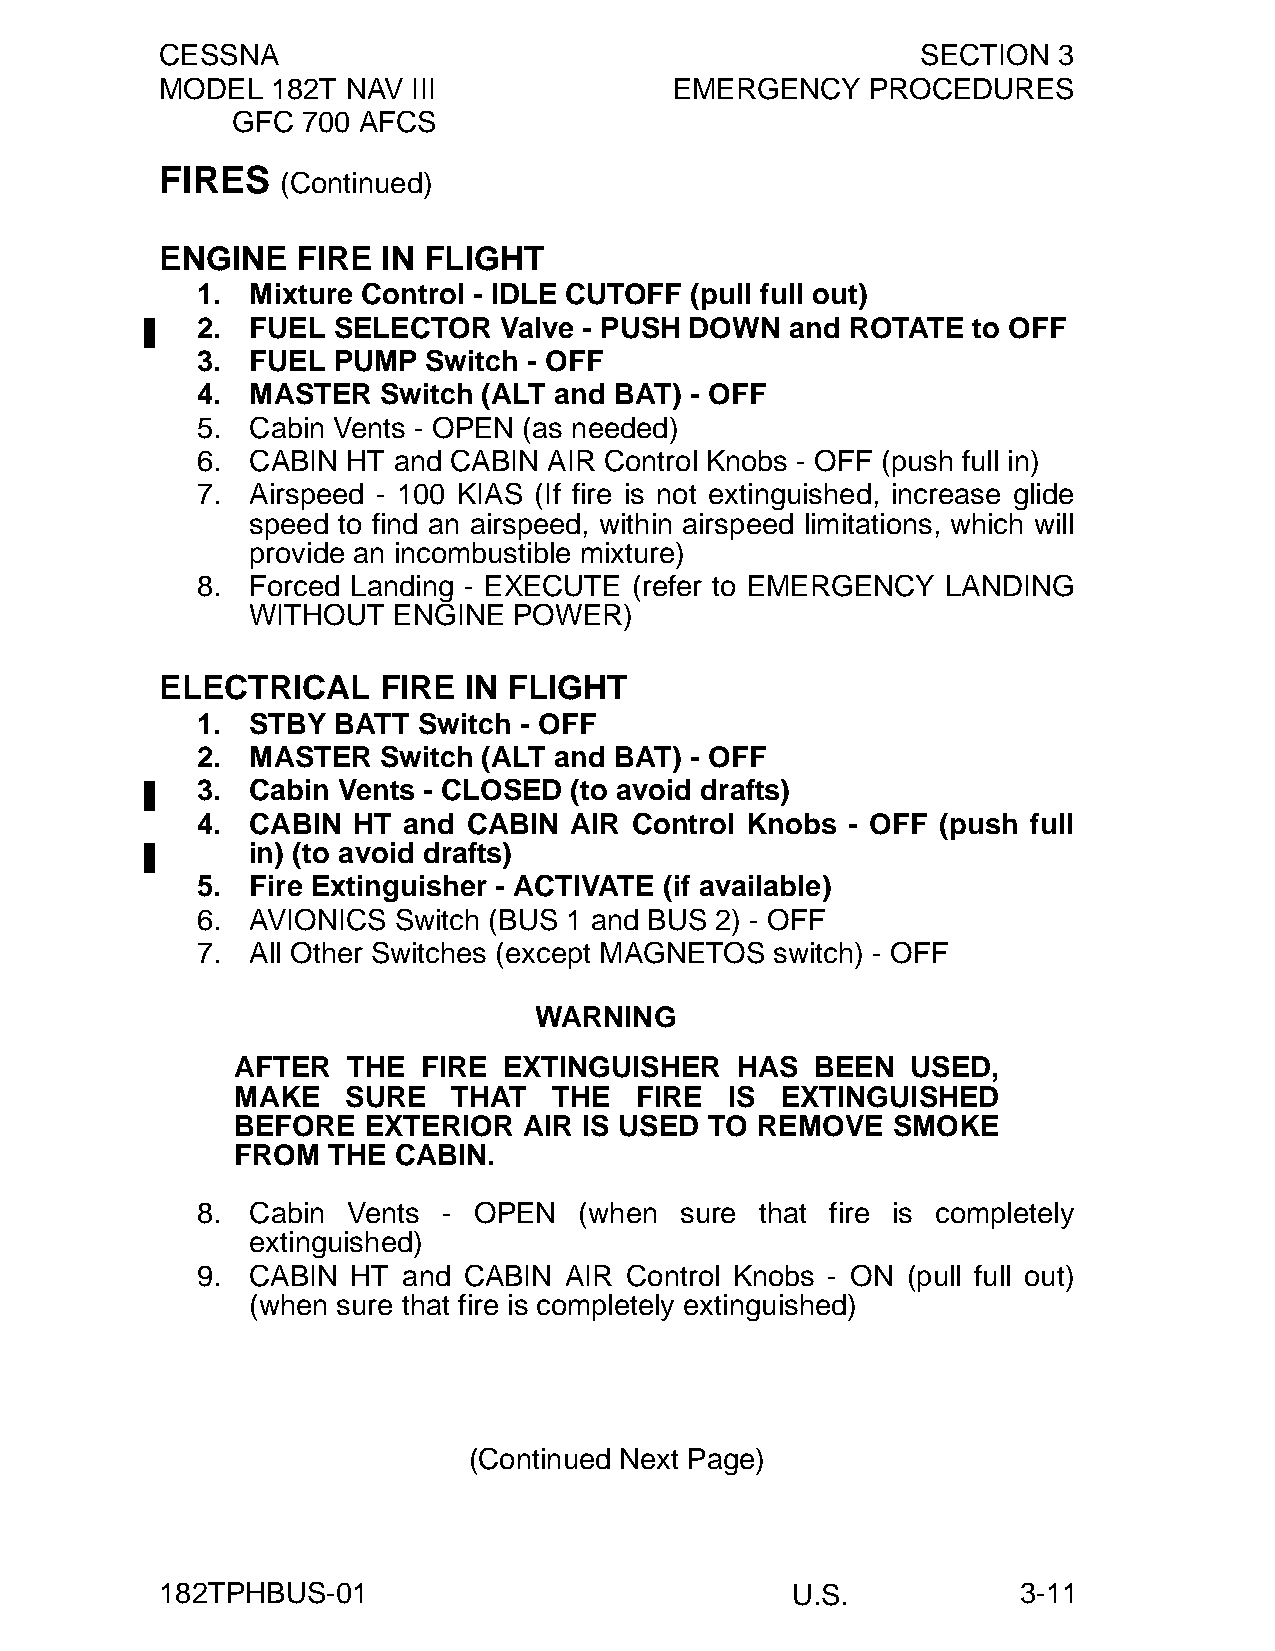
CESSNA                                            SECTION  3
 MODEL  182T NAV III               EMERGENCY    PROCEDURES
 GFC  700 AFCS
 FIRES
 (Continued)
 ENGINE   FIRE IN FLIGHT
 1.  Mixture Control - IDLE CUTOFF (pull full out)
 2.  FUEL SELECTOR   Valve - PUSH DOWN  and ROTATE  to OFF
 3.  FUEL PUMP  Switch - OFF
 4.  MASTER  Switch (ALT and BAT) - OFF
 5.  Cabin Vents - OPEN (as needed)
 6.  CABIN HT and CABIN AIR Control Knobs - OFF (push full in)
 7.  Airspeed - 100 KIAS (If fire is not extinguished, increase glide
 speed to find an airspeed, within airspeed limitations, which will
 provide an incombustible mixture)
 8.  Forced Landing - EXECUTE (refer to EMERGENCY  LANDING
 WITHOUT  ENGINE  POWER)
 ELECTRICAL    FIRE  IN FLIGHT
 1.  STBY BATT  Switch - OFF
 2.  MASTER  Switch (ALT and BAT) - OFF
 3.  Cabin Vents - CLOSED (to avoid drafts)
 4.  CABIN HT  and CABIN  AIR Control Knobs - OFF (push full
 in) (to avoid drafts)
 5.  Fire Extinguisher - ACTIVATE (if available)
 6.  AVIONICS Switch (BUS 1 and BUS 2) - OFF
 7.  All Other Switches (except MAGNETOS switch) - OFF
 WARNING
 AFTER  THE  FIRE EXTINGUISHER    HAS  BEEN  USED,
 MAKE   SURE   THAT   THE  FIRE  IS  EXTINGUISHED
 BEFORE  EXTERIOR   AIR IS USED TO REMOVE   SMOKE
 FROM  THE CABIN.
 8.  Cabin Vents - OPEN   (when  sure that fire is completely
 extinguished)
 9.  CABIN HT  and CABIN AIR Control Knobs - ON (pull full out)
 (when sure that fire is completely extinguished)
 (Continued Next Page)
 182TPHBUS-01                             U.S.            3-11